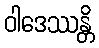
ဝါဒေဿန္တိ